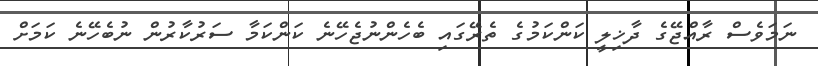
ނަމަވެސް ރާއްޖޭގެ ދާޚިލީ ކަންކަމުގެ ތެރޭގައި ބެހެންނުޖެހޭނެ ކަންކަމާ ސަރުކާރުން ނުބެހޭނެ ކަމަށް